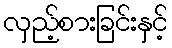
လှည့်စားခြင်းနှင့်